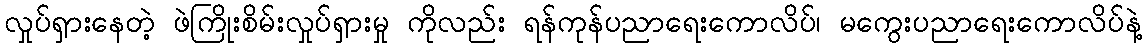
လှုပ်ရှားနေတဲ့ ဖဲကြိုးစိမ်းလှုပ်ရှားမှု ကိုလည်း ရန်ကုန်ပညာရေးကောလိပ်၊ မကွေးပညာရေးကောလိပ်နဲ့